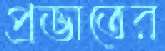
প্রভাতের